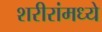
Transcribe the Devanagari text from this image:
शरीरांमध्ये